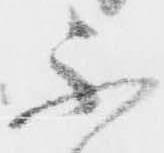
不